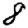
Digit: 8